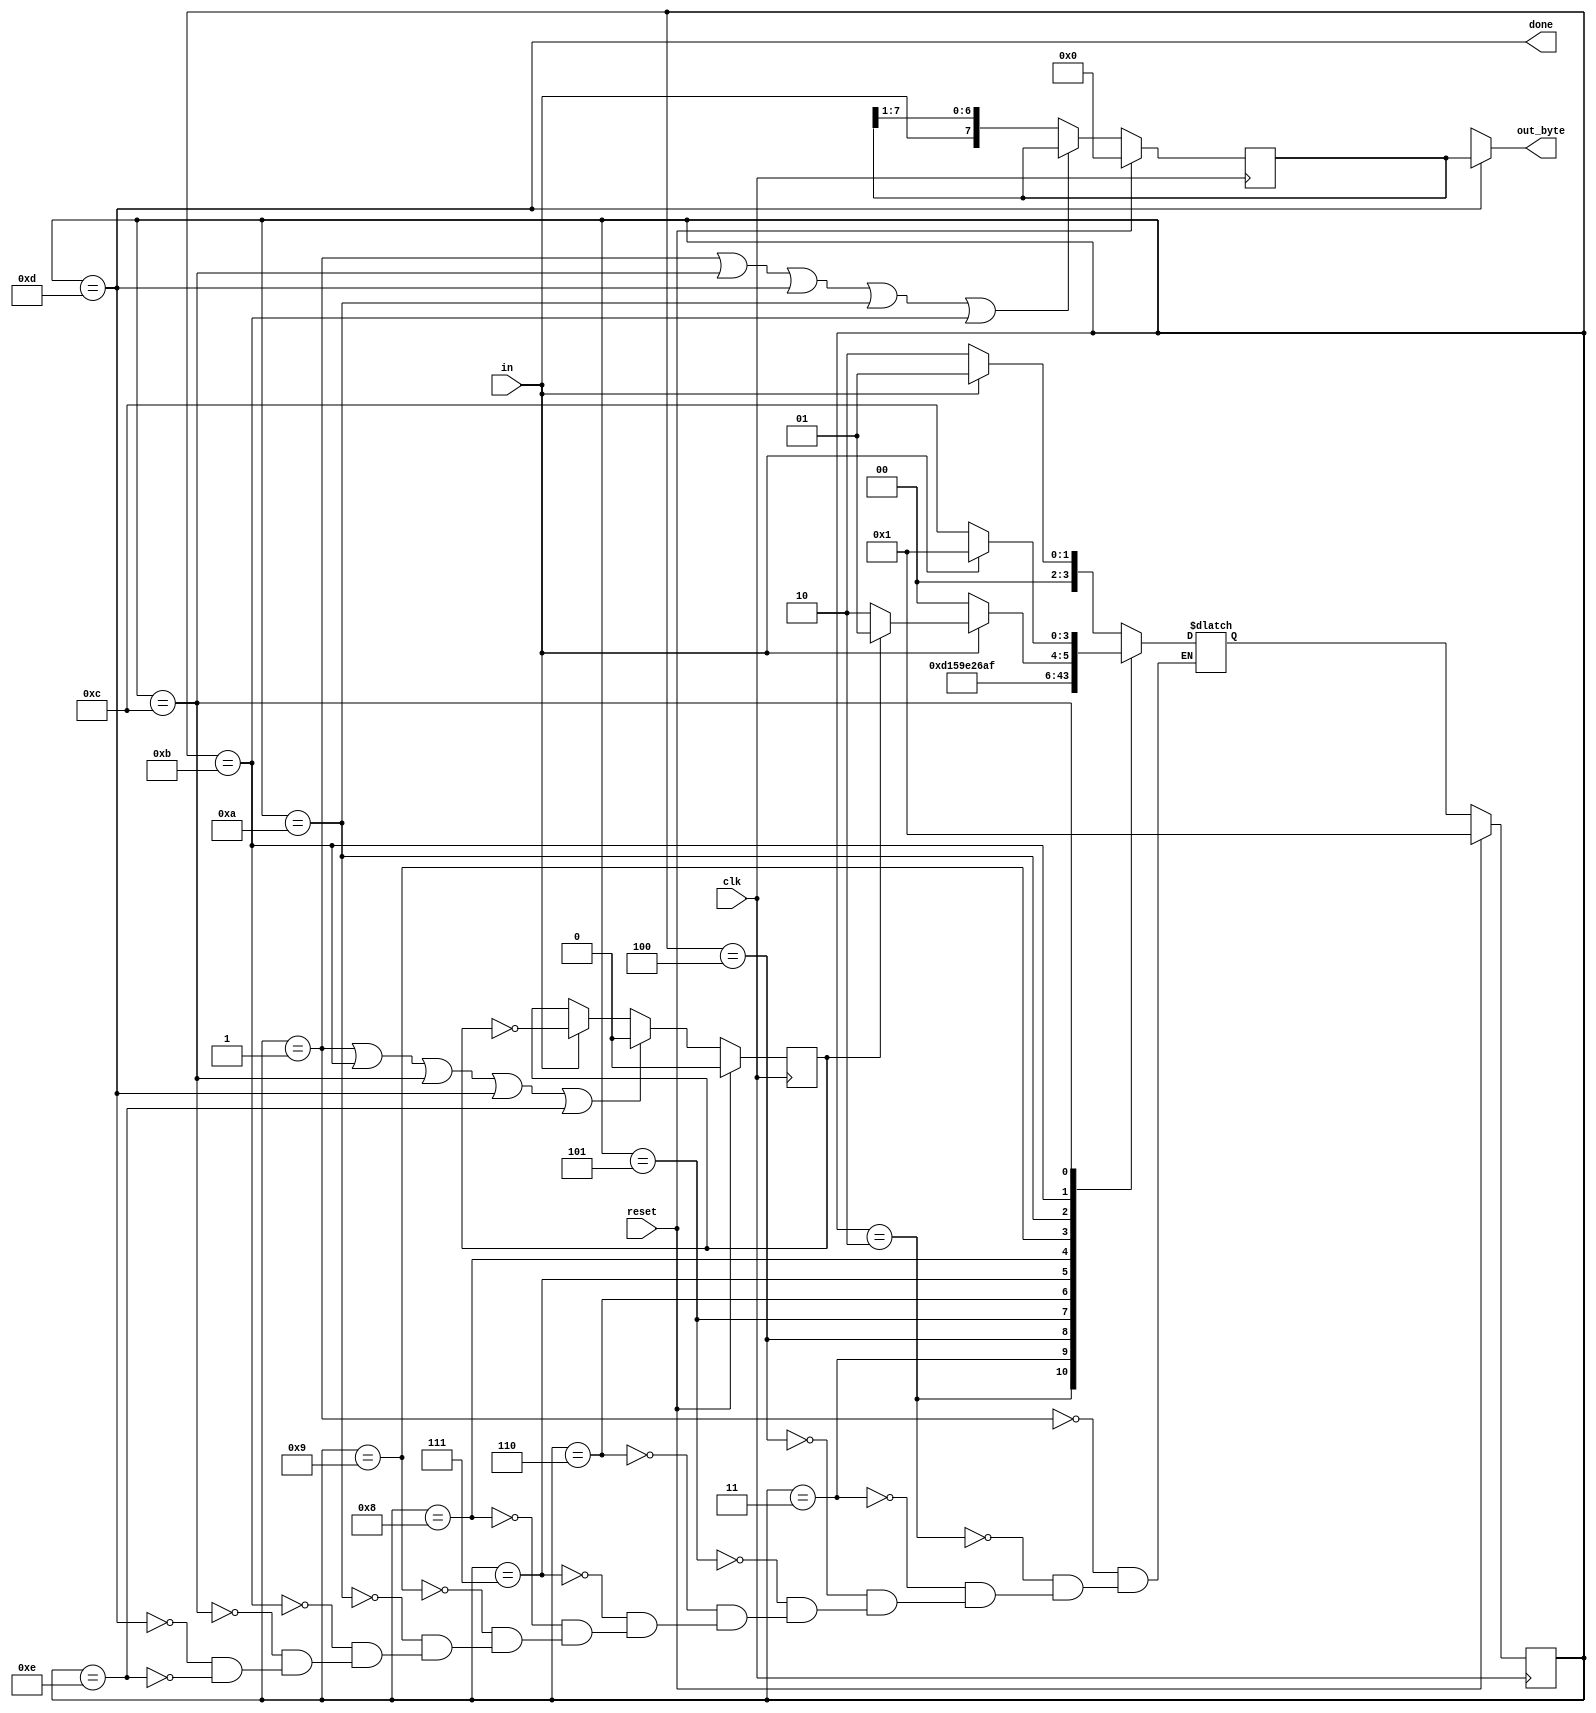
module top_module(
    input clk,
    input in,
    input reset,    // Synchronous reset
    output [7:0] out_byte,
    output done
); 
    
    
    reg [7:0] inbyte;
    reg odd;
    parameter [3:0] idle = 'd1,start = 'd2,d0 = 'd3,d1 = 'd4,d2 = 'd5,d3 = 'd6,d4 = 'd7,d5 = 'd8;
    parameter [3:0] d6 = 'd9,d7 = 'd10,parity_bit = 'd11,miss = 'd12,Done = 'd13,error = 'd14;
    reg [3:0] state,next_state;
    
    
    
   always@(posedge clk)begin
        if(reset)
            odd = 1'b0;
        else begin
            if(!((state == idle)|(state == parity_bit)|(state == miss)|(state == Done)|(state == error)))
               begin
                   if(in)
                       odd<=~odd;
                   else
                       odd<=odd;
               end
            else
                odd<=1'b0;
        end
    end  
    
  
    
    always@(*)begin
        case(state)
            idle:begin
                if(!in)
                    next_state = start;
                else
                    next_state = idle;
            end
            start:next_state = d0;
            d0:next_state = d1;
            d1:next_state = d2;
            d2:next_state = d3;
            d3:next_state = d4;
            d4:next_state = d5;
            d5:next_state = d6;
            d6:next_state = d7;
            d7:next_state = parity_bit;
            parity_bit:begin
                if(!in)
                		next_state = miss;
                else begin
                    if(odd==1'b1)
                        next_state = Done;
                	else
                        next_state = error;
                end
            end
            miss:begin
                if(in)
                    next_state = idle;
                else
                    next_state = miss;
            end
            Done:begin
                if(!in)
                    next_state = start;
                else
                    next_state = idle;
            end
            error:begin
                if(!in)
                    next_state = start;
                else
                    next_state = idle;
            end
        endcase
    end
    
    
    
    always@(posedge clk)begin
        if(reset)
            begin
            	state <= idle;
            end
        else
            begin
           		state <= next_state;
            end
    end
    
    
    
    always@(posedge clk)begin
        if(reset)
            inbyte <= 8'b0;
        else begin
            if(!((state == idle)|(state == miss)|(state == Done)|(state == d7)|(state == parity_bit)))
           		inbyte <= {in,inbyte[7:1]};
        end
    end
            
            
    
    assign out_byte = (state == Done)?inbyte:8'bxxxx_xxxx;
    assign done = (state == Done);

endmodule
//1.data
//2.
//3.